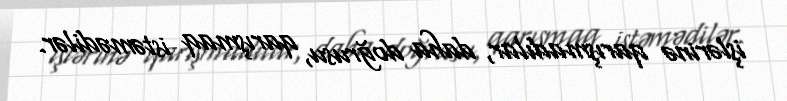
işlərinə qarışmadılar, daha doğrusu, qarışmaq istəmədilər.